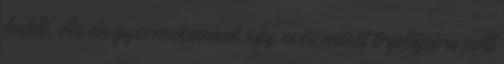
bukli. Az én gyermekemnek egy esés miatt triplájára volt